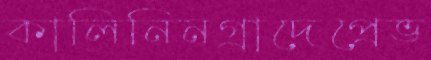
কালিনিনগ্রাদেপ্রেভ